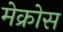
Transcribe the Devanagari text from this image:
मेक्रोस